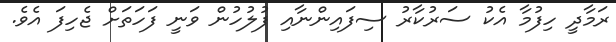
ރަމާދީ ހިފުމާ އެކު ސަރުކާރު ސިފައިންނާއި ފުލުހުން ވަނީ ފަހަތަށް ޖެހިފަ އެވެ.